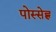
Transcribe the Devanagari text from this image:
पोस्सेह्ल